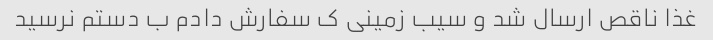
غذا ناقص ارسال شد و سیب زمینی ک سفارش دادم ب دستم نرسید